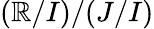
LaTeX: (\mathbb{R}/I)/(J/I)